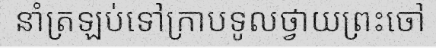
នាំត្រឡប់ទៅក្រាបទូលថ្វាយព្រះចៅ